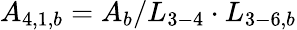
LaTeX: {A_{4,1,b}}={A_{b}}/{L_{3-4}}\cdot{L_{3-6,b}}